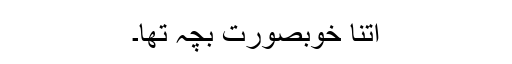
اتنا خوبصورت بچہ تھا۔